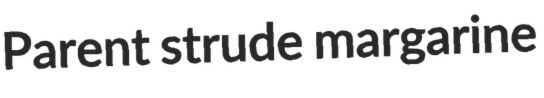
Parent strude margarine